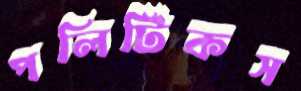
পলিটিকস